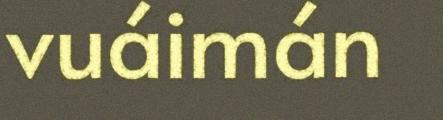
vuáimán